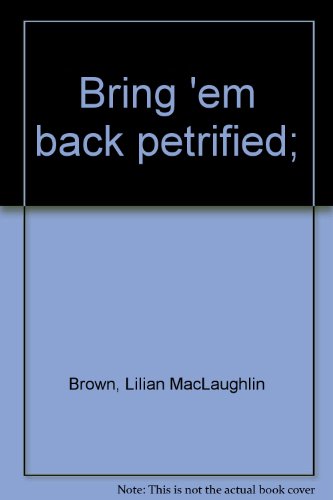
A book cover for Bring 'em back petrified;; Lilian MacLaughlin Brown; Travel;